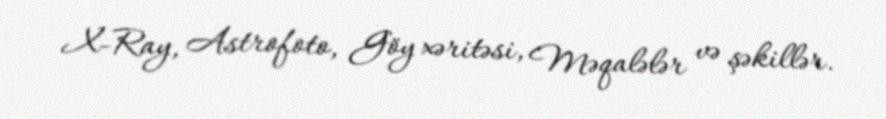
X-Ray, Astrofoto, Göy xəritəsi, Məqalələr və şəkillər.